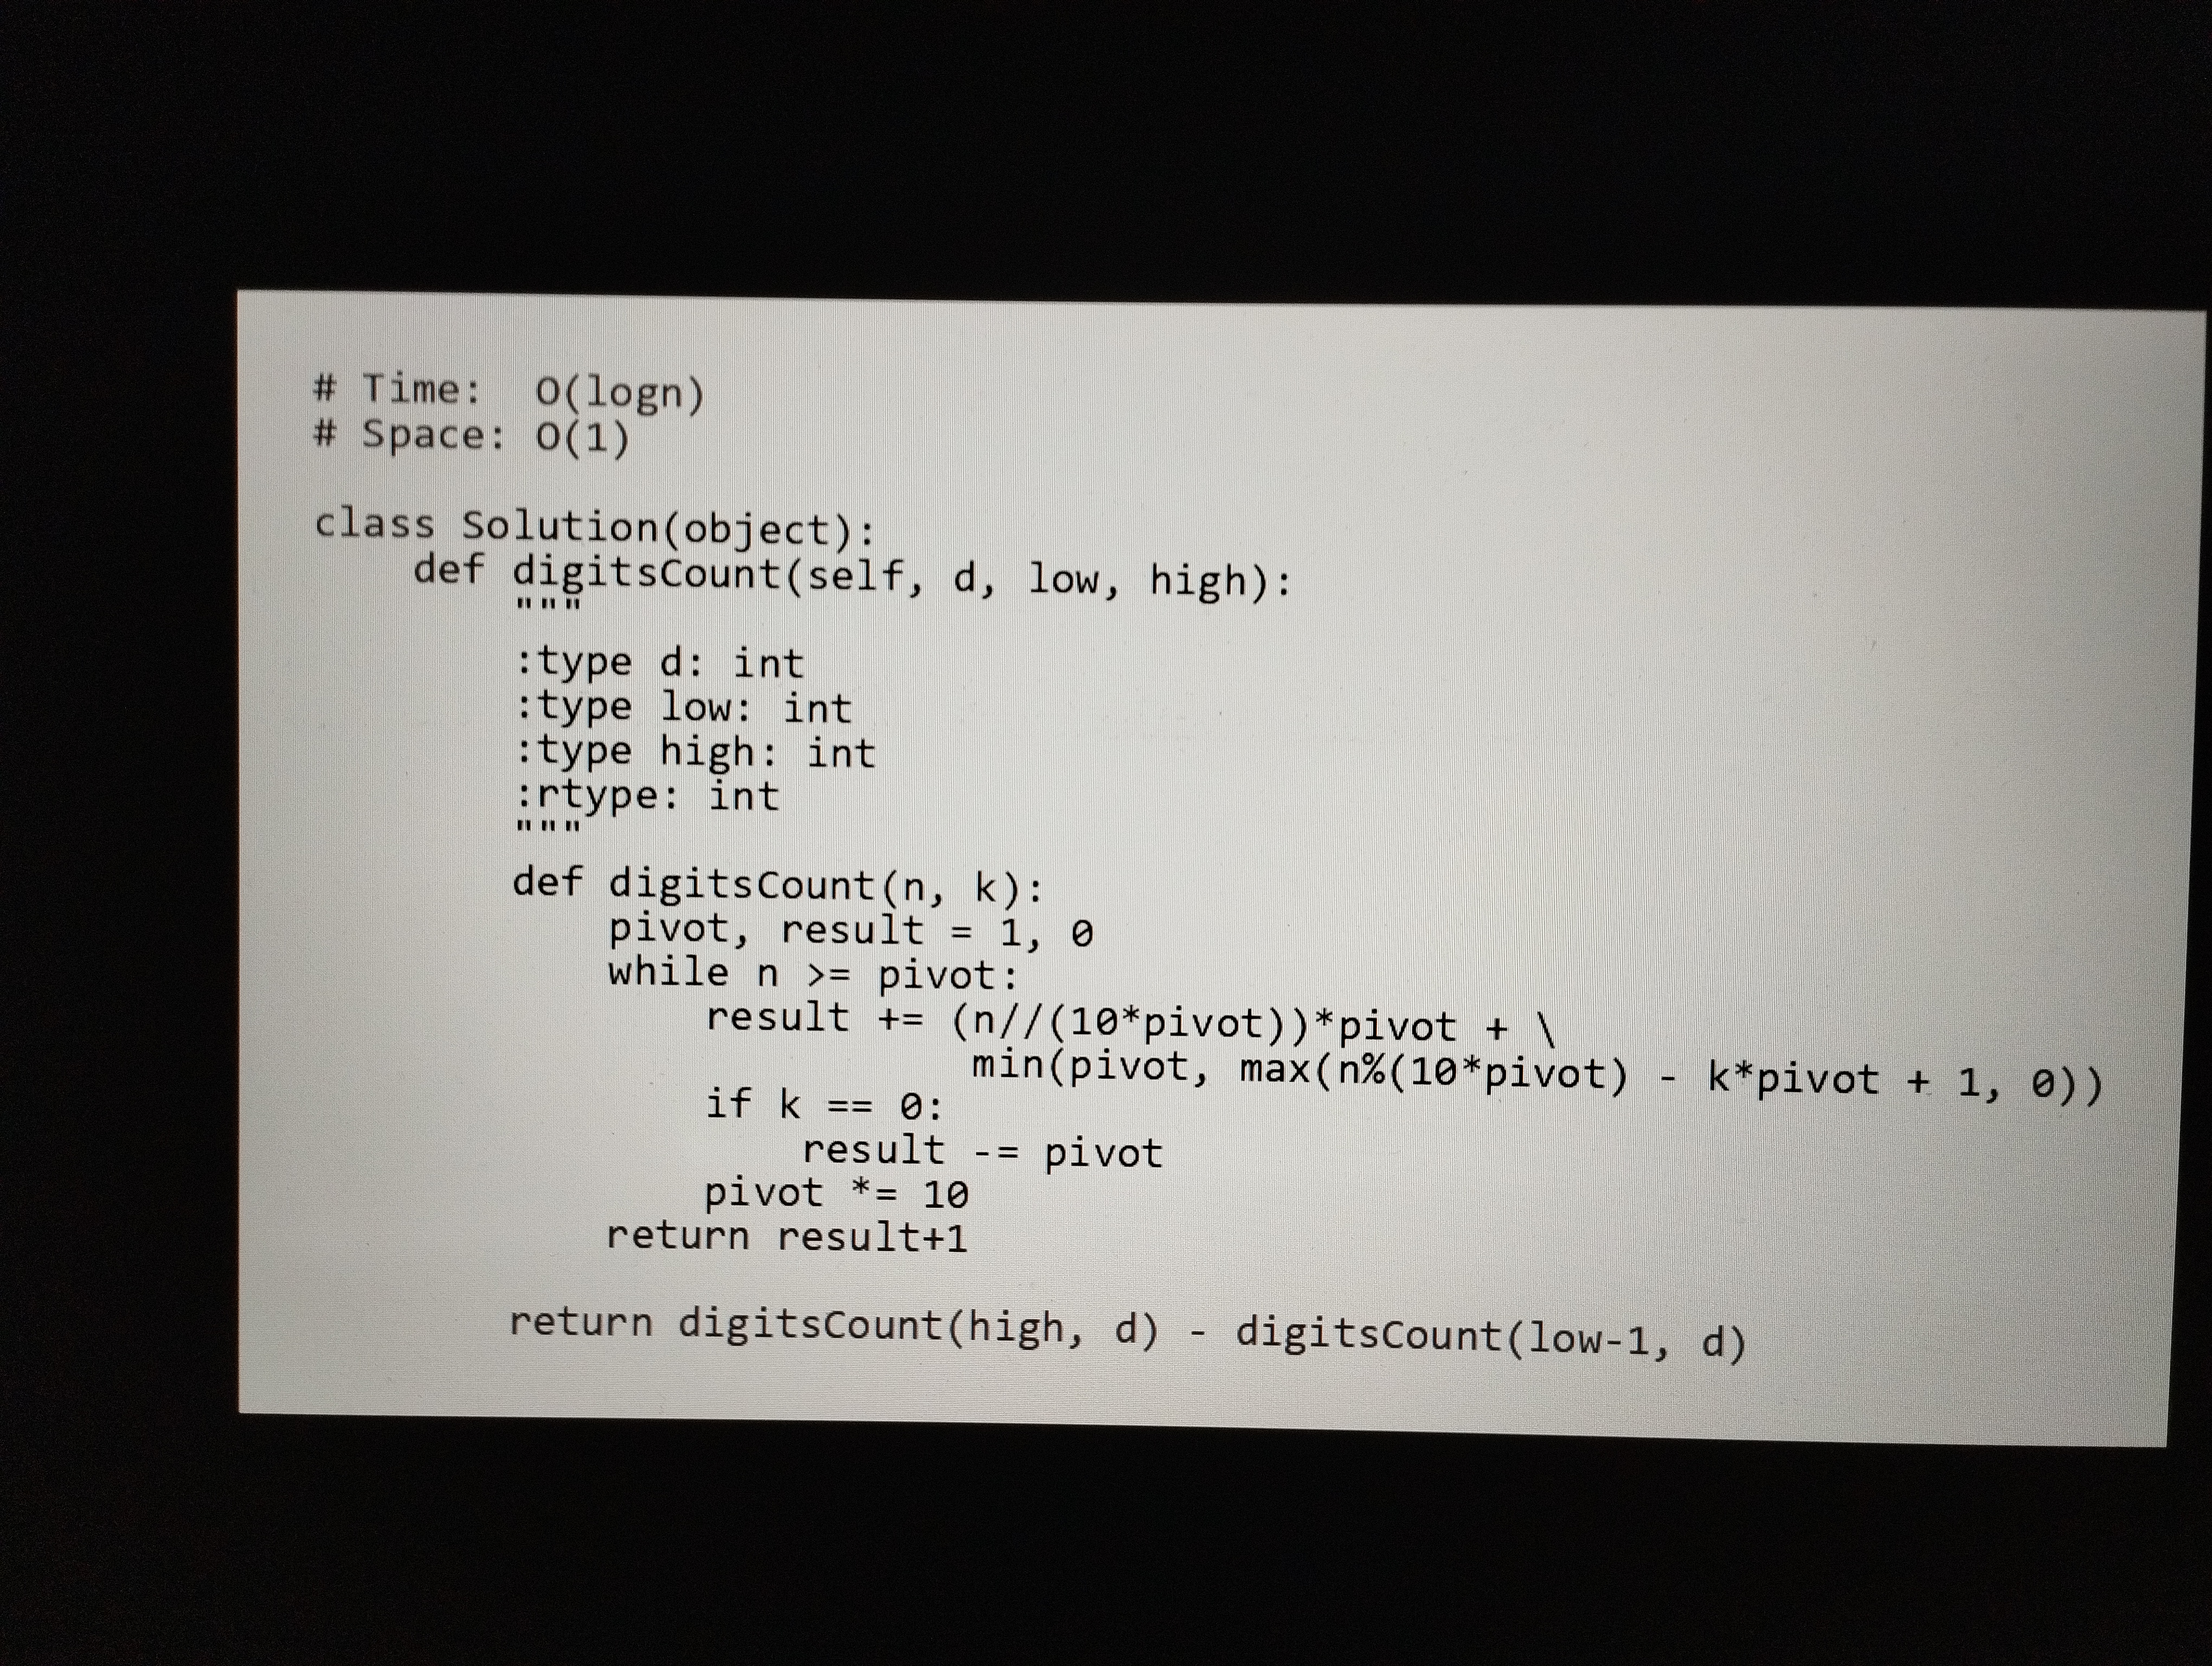
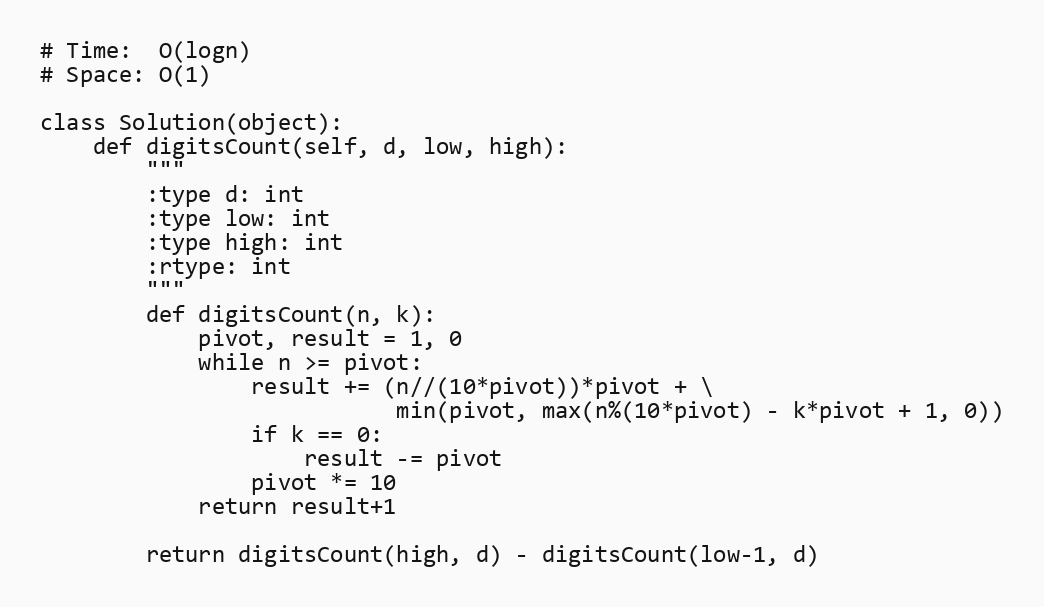
# Time:  O(logn)
# Space: O(1)

class Solution(object):
    def digitsCount(self, d, low, high):
        """
        :type d: int
        :type low: int
        :type high: int
        :rtype: int
        """
        def digitsCount(n, k):
            pivot, result = 1, 0
            while n >= pivot:
                result += (n//(10*pivot))*pivot + \
                           min(pivot, max(n%(10*pivot) - k*pivot + 1, 0))
                if k == 0:
                    result -= pivot
                pivot *= 10
            return result+1

        return digitsCount(high, d) - digitsCount(low-1, d)